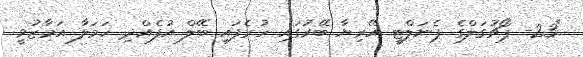
"23- ޕޯޗުގަލްގެ ޕެނަލްޓީ އޭރިޔާ ބޭރުގައި ހުރެފައި ބޭލް އުފެއްދި ހަމަލާ އަމާޒުވީ